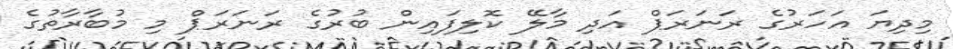
މިދިޔަ އަހަރުގެ ރަނަރަޕް އަދި މާލޭ ކޮލިފައިން ބުރުގެ ރަނަރަޕް މި މުބާރާތުގެ